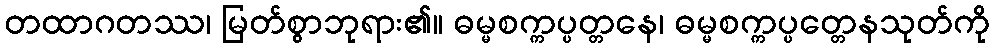
တထာဂတဿ၊ မြတ်စွာဘုရား၏။ ဓမ္မစက္ကပ္ပတ္တနေ၊ ဓမ္မစက္ကပ္ပတ္တေနသုတ်ကို